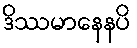
ဒိဿမာနေနပိ